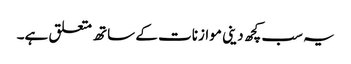
یہ سب کچھ دینی موازنات کے ساتھ متعلق ہے۔